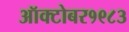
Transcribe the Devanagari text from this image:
ऑक्‍टोबर१९८३